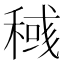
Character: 稶